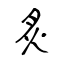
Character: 炙